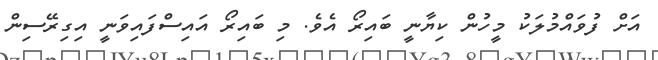
އަށް ފުވައްމުލަކު މީހުން ކިޔާނީ ބައިރޯ އެވެ. މި ބައިރޯ އައިސްފައިވަނީ އިގިރޭސިން